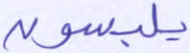
يلبسون